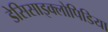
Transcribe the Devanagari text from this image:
डेसिसाइक्लोपिडिया